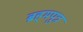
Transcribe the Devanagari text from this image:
ब्रह्‌मपुत्र